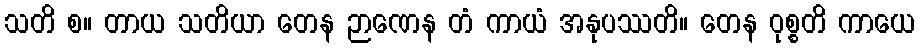
သတိ စ။ တာယ သတိယာ တေန ဉာဏေန တံ ကာယံ အနုပဿတိ။ တေန ဝုစ္စတိ ကာယေ